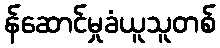
န်ဆောင်မှုခံယူသူတစ်